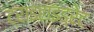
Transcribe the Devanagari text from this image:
ट्राइहाइड्रेट